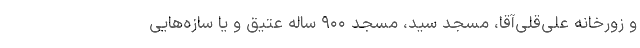
و زورخانه علی‌قلی‌آقا، مسجد سید، مسجد ۹۰۰ ساله عتیق و یا سازه‌هایی